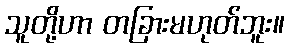
သူတို့ဟာ တခြားမဟုတ်ဘူး။